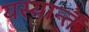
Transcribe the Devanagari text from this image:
यस्यान्तं